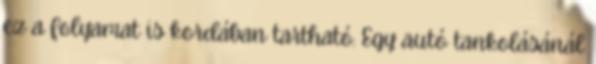
ez a folyamat is kordában tartható. Egy autó tankolásánál